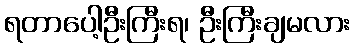
ရတာပေါ့ဦးကြီးရ၊ ဦးကြီးချမလား